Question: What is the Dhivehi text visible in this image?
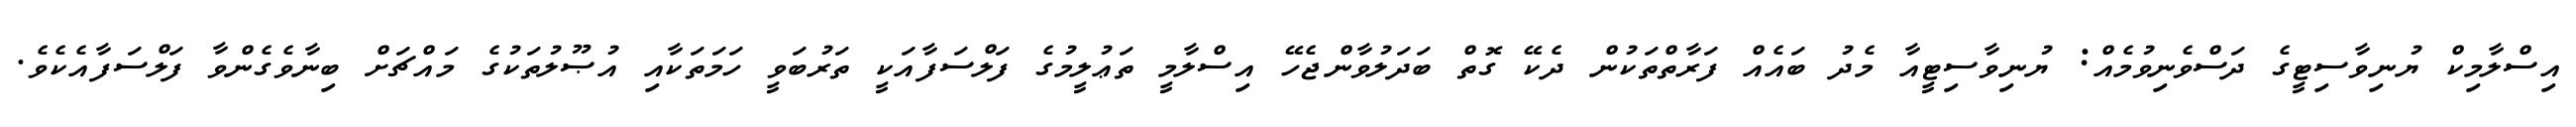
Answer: އިސްލާމިކް ޔުނިވާސިޓީގެ ދަސްވެނިވުމެއް: ޔުނިވާސިޓީއާ މެދު ބައެއް ފަރާތްތަކުން ދެކޭ ގޮތް ބަދަލުވާންޖެހޭ އިސްލާމީ ތަޢުލީމުގެ ފަލްސަފާއަކީ ތަރުބަވީ ހަމަތަކާއި އުޞޫލުތަކުގެ މައްޗަށް ބިނާވެގެންވާ ފަލްސަފާއެކެވެ.